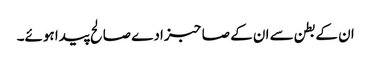
ان کے بطن سے ان کے صاحبزادے صالح پیدا ہوئے۔